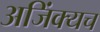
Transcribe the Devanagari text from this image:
अजिंक्यच